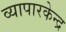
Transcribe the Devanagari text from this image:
व्यापारकेन्द्र